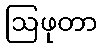
ဩဖုတာ